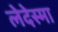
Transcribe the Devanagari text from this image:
लेदेस्मा